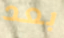
بعد